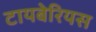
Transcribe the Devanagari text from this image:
टायबेरियस